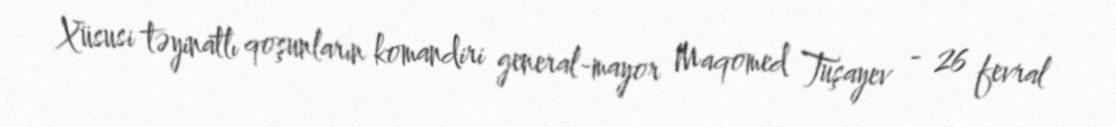
Xüsusi təyinatlı qoşunların komandiri general-mayor Maqomed Tuşayev - 26 fevral